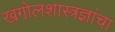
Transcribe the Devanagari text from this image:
खगोलशास्त्रज्ञांचा